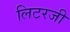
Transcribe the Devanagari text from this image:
लिटरजी